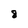
Character: 8